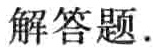
解答题.